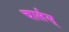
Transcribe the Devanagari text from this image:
चार्लस्‌